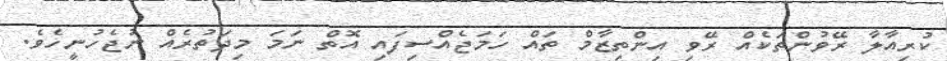
ކުރިއާލާ ރޭވުންތަކެއް ރޭވި އިންތިޒާމް ތައް ހަމަޖެއްސިފައި އޮތް ނަމަ މިދަތުރެއް ނުޖެހުނީހެވެ.